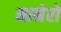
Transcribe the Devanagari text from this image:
मानेरो